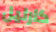
كارليل